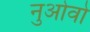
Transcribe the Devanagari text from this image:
नुओवो